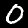
Label: 0